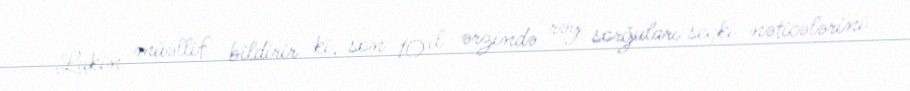
Lakin müəllif bildirir ki, son 10 il ərzində rəy sorğuları seçki nəticələrini